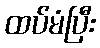
ထပ်မံပြီး